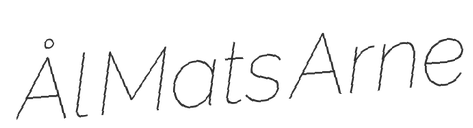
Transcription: Ål Mats Arne